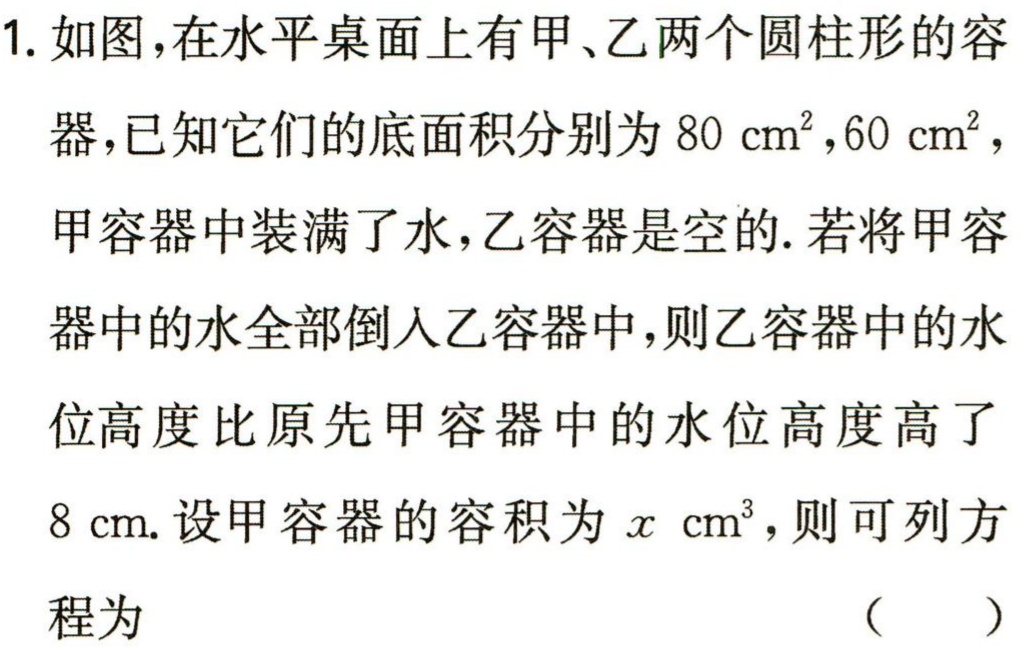
1. 如图，在水平桌面上有甲、乙两个圆柱形的容器，已知它们的底面积分别为\(80\  cm^{2},60\  cm^{2}\)，甲容器中装满了水，乙容器是空的. 若将甲容器中的水全部倒入乙容器中，则乙容器中的水位高度比原先甲容器中的水位高度高了\(8\  cm\). 设甲容器的容积为\(x\  cm^{3}\)，则可列方程为 （  ）